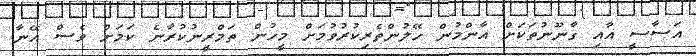
އަސާސީ އާއި ގާނޫނުތަކަށް އާންމުން ހޭލުންތެރިކުރުވުމަށް މީހުން ތަމްރީނުކުރާނެ ކަމަށް ވެސް އޭނާ